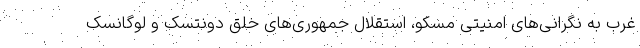
غرب به نگرانی‌های امنیتی مسکو، استقلال جمهوری‌های خلق دونتسک و لوگانسک